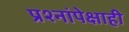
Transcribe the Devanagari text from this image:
प्रश्नांपेक्षाही